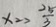
x _ { 2 } > \frac { 2 5 } { 3 }